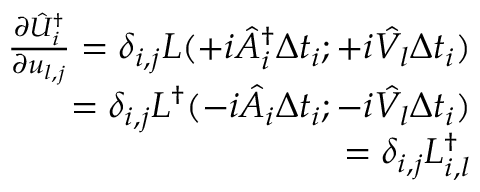
\begin{array} { r } { \frac { \partial \hat { U } _ { i } ^ { \dagger } } { \partial { u } _ { l , j } } = \delta _ { i , j } L ( + i \hat { A } _ { i } ^ { \dagger } \Delta t _ { i } ; + i \hat { V _ { l } } \Delta t _ { i } ) } \\ { = \delta _ { i , j } L ^ { \dagger } ( - i \hat { A } _ { i } \Delta t _ { i } ; - i \hat { V _ { l } } \Delta t _ { i } ) } \\ { = \delta _ { i , j } L _ { i , l } ^ { \dagger } } \end{array}